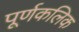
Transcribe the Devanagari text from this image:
पूर्णकलिक